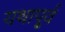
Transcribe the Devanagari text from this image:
यथापू्र्व